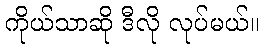
ကိုယ်သာဆို ဒီလို လုပ်မယ်။